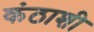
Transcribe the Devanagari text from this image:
कंठाशी